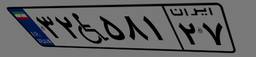
۱۴W۲۳۶۸۳